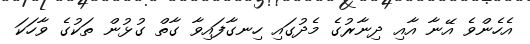
އެހެންވެ އޭނާ އާއި ދިނާރުގެ މެދުގައި ހިނގާފައިވާ ގާތް ގުޅުން ތަކުގެ ވާހަކަ